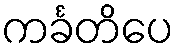
ကင်္ခတိပေ